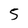
Character: 5